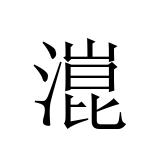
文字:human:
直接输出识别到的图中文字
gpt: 潉